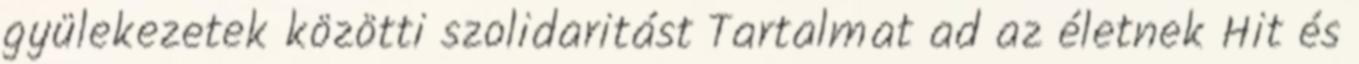
gyülekezetek közötti szolidaritást Tartalmat ad az életnek Hit és